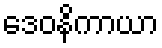
ဒေဝနိကာယာ